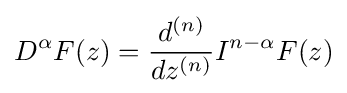
D^{\alpha }F(z)={\frac {d^{(n)}}{dz^{(n)}}}I^{n-\alpha }F(z)